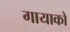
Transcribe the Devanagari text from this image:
गायाकों